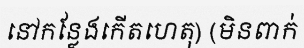
នៅកន្លែងកើតហេតុ) (មិនពាក់